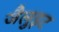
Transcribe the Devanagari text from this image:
जैलुइट